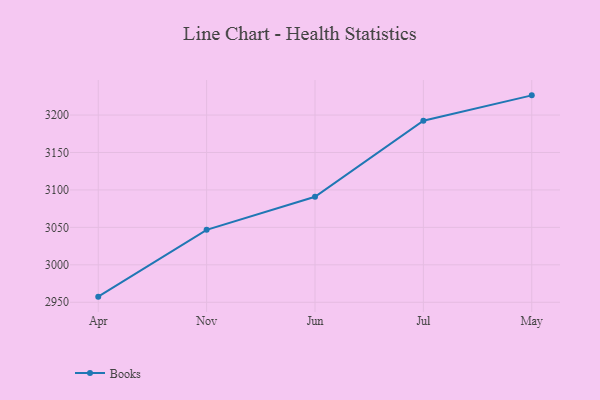
{"axis": {"x": "Month", "y": "Operating Costs (USD K)"}, "legend": ["Books"], "data": [{"x": "Apr", "y": 2957.5, "type": "Books"}, {"x": "Nov", "y": 3046.7, "type": "Books"}, {"x": "Jun", "y": 3090.9, "type": "Books"}, {"x": "Jul", "y": 3192.5, "type": "Books"}, {"x": "May", "y": 3226.3, "type": "Books"}]}